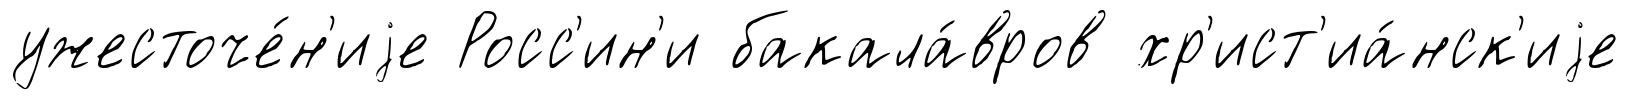
ужесточе́н'иjе Росс'ин'и бакала́вров хр'ист'иа́нск'иjе